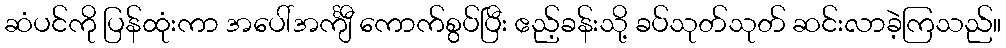
ဆံပင်ကို ပြန်ထုံးကာ အပေါ်အင်္ကျီ ကောက်စွပ်ပြီး ဧည့်ခန်းသို့ ခပ်သုတ်သုတ် ဆင်းလာခဲ့ကြသည်။